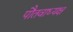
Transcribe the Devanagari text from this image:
पौतवाध्यक्ष